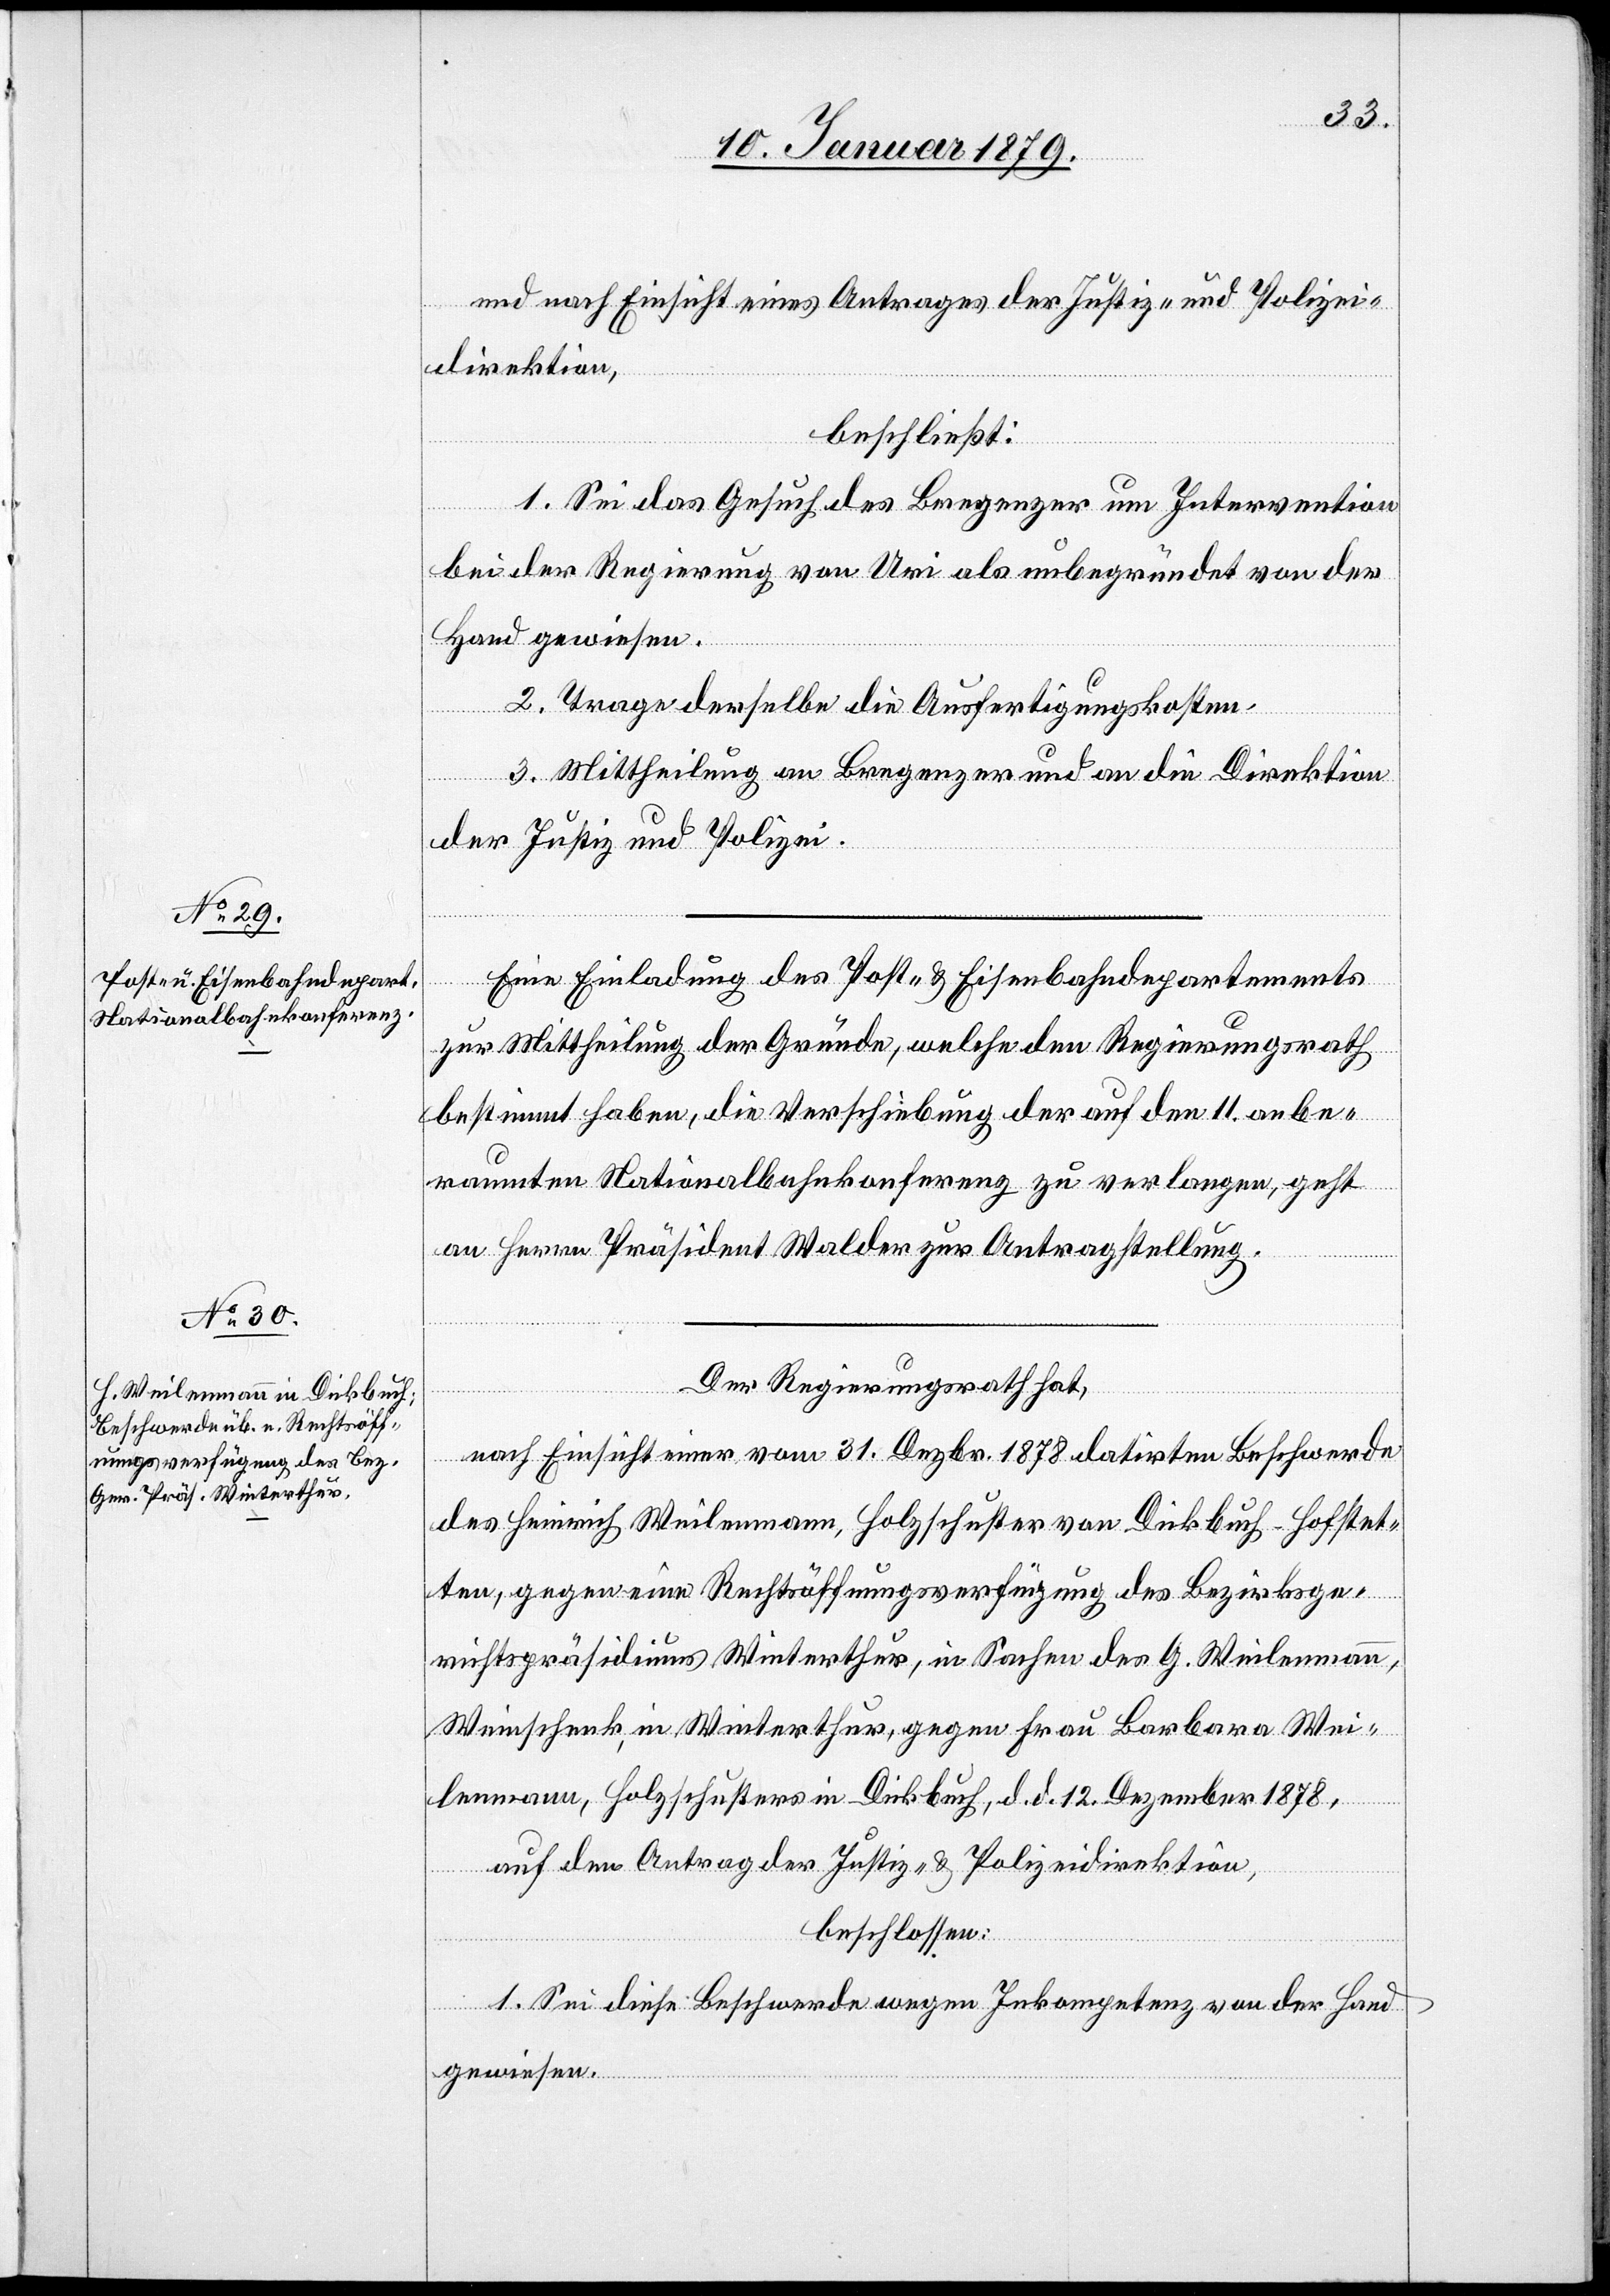
und nach Einsicht eines Antrages der Justiz- & Polizei¬
direktion,
beschließt:
1. Sei das Gesuch des Bregenzer um Intervention
bei der Regierung von Uri als unbegründet von der
Hand gewiesen.
2. Trage derselbe die Ausfertigungskosten.
3. Mittheilung an Bregenzer und an die Direktion
der Justiz und Polizei.
Eine Einladung des Post- & Eisenbahndepartements
zur Mittheilung der Gründe, welche den Regierungsrath
bestimmt haben, die Verschiebung der auf den 11. anbe¬
raumten Nationalbahnkonferenz zu verlangen, geht
an Herrn Präsident Walder zur Antragstellung.
Der Regierungsrath hat,
nach Einsicht einer vom 31. Dezbr. 1878 datirten Beschwerde
des Heinrich Weilenmann, Holzschuster von Dickbuch-Hofstet¬
ten, gegen eine Rechtsöffnungsverfügung des Bezirksge¬
richtspräsidiums Winterthur, in Sachen des G. Weilenmann,
Weinschenk, in Winterthur, gegen Frau Barbara Wei¬
lenmann, Holzschusters in Dickbuch, d. d. 12. Dezember 1878,
auf den Antrag der Justiz- & Polizeidirektion,
beschlossen:
1. Sei diese Beschwerde wegen Inkompetenz von der Hand
gewiesen.